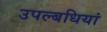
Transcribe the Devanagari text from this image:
उपल्बधियां